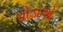
ઘોડાએ